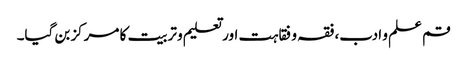
قم علم و ادب، فقہ و فقاہت اور تعلیم و تربیت کا مرکز بن گیا۔